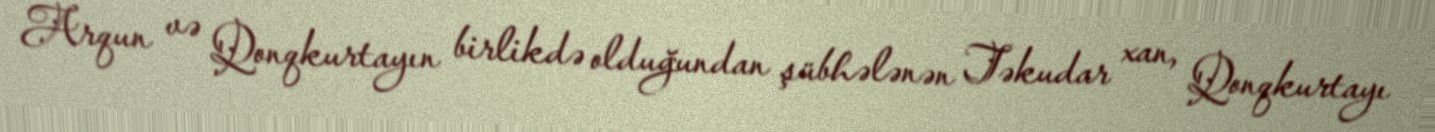
Arqun və Qonqkurtayın birlikdə olduğundan şübhələnən Təkudar xan, Qonqkurtayı